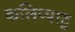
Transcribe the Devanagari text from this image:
कलिप्पाटु